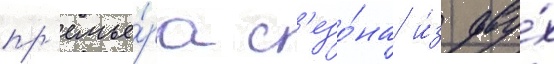
пр'емье́ра с'езо́на и́з дву́х